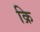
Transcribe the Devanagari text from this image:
क्रि